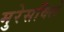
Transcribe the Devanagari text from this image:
मुरेसविले